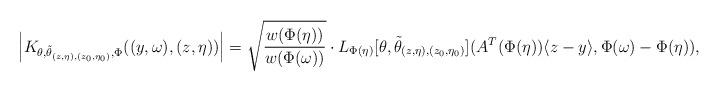
LaTeX: \begin{align*} \left| K_{\theta, \tilde{\theta}_{(z,\eta), (z_0,\eta_0)}, \Phi} ( (y,\omega), (z,\eta)) \right| = \sqrt{\frac{w(\Phi(\eta))}{w(\Phi(\omega))}} \cdot L_{\Phi(\eta)} [\theta, \tilde{\theta}_{(z,\eta), (z_0, \eta_0)}](A^{T}(\Phi(\eta)) \langle z-y \rangle,\Phi(\omega)-\Phi(\eta)), \end{align*}